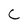
Character: C